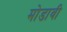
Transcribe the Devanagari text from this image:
मोडावी